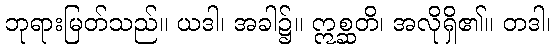
ဘုရားမြတ်သည်။ ယဒါ၊ အခါ၌။ ဣစ္ဆတိ၊ အလိုရှိ၏။ တဒါ၊